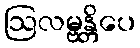
ဩလမ္ဗန္တိပေ